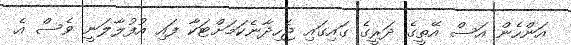
އަންހެން އަސް އޭތީގެ ދަރީގެ ގައިގައި ޖެހިދާނެކަމަށްޓަކާ ފައި އުފުލާލަނީ ވެސް އެ